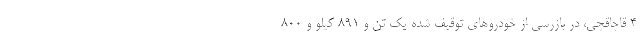
4 قاچاقچی، در بازرسی از خودروهای توقیف شده یک تن و 891 کیلو و 800